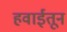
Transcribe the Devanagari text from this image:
हवाईतून